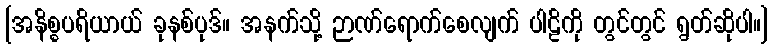
[အနိစ္စပရိယာယ် ခုနစ်ပုဒ်။ အနက်သို့ ဉာဏ်ရောက်စေလျက် ပါဠိကို တွင်တွင် ရွတ်ဆိုပါ။]